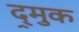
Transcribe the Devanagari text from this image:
द्र्मुक